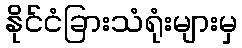
နိုင်ငံခြားသံရုံးများမှ